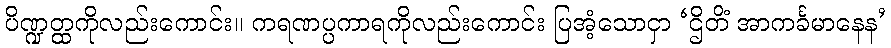
ပိဏ္ဍတ္ထကိုလည်းကောင်း။ ကရဏပ္ပကာရကိုလည်းကောင်း ပြအံ့သောငှာ ‘ဌိတိံ အာကင်္ခမာနေန’